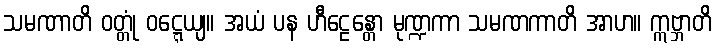
သမဏာတိ ဝတ္တုံ ဝဋ္ဋေယျ။ အယံ ပန ဟီဠေန္တော မုဏ္ဍကာ သမဏကာတိ အာဟ။ ဣဗ္ဘာတိ